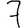
Digit: 7